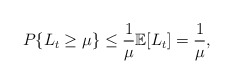
\begin{align*}P\{ L_t\ge{\mu} \} \le\frac{1}{\mu}\mathbb{E}[L_t]=\frac{1}{\mu},\end{align*}